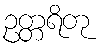
ဥတ္တရိတု